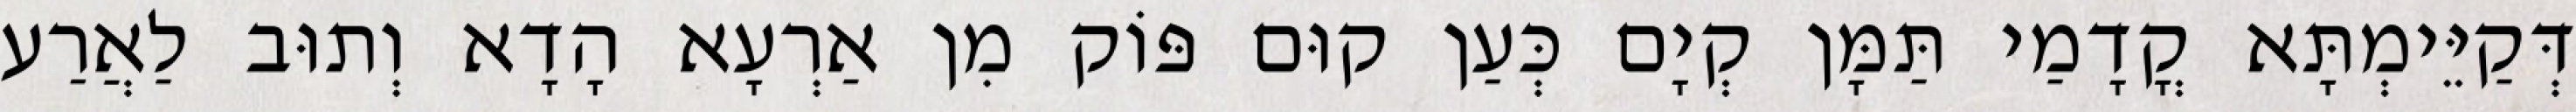
דְּקַיֵּימְתָּא קֳדָמַי תַּמָּן קְיָם כְּעַן קוּם פּוֹק מִן אַרְעָא הָדָא וְתוּב לַאֲרַע